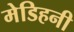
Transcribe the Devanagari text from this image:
मेडिहनी